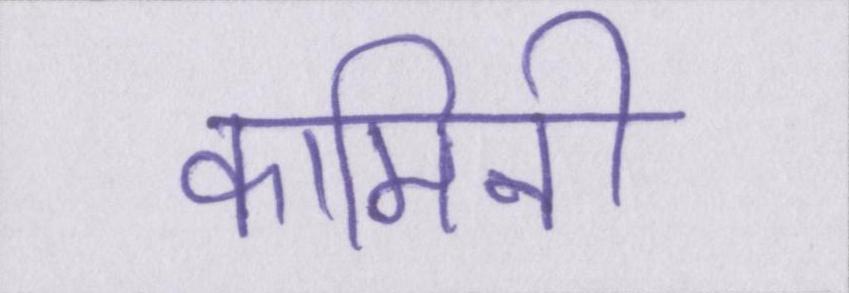
कामिनी